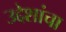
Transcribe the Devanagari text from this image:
उद्देशांचा